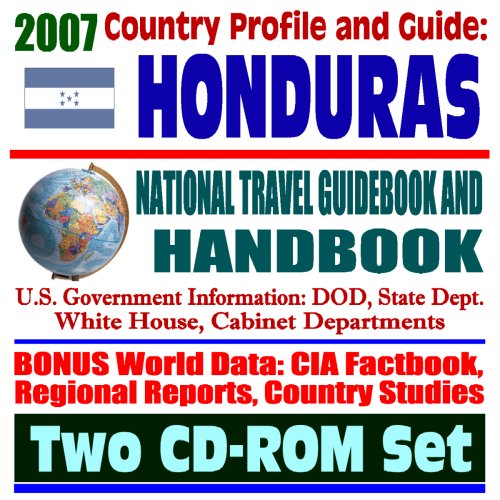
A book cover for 2007 Country Profile and Guide to Honduras - National Travel Guidebook and Handbook - Hurricane Mitch, Caribbean Basin Initiative, U.S. Military (Two CD-ROM Set); U.S. Government; Travel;